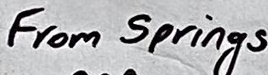
Text: From Springs